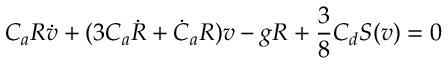
C _ { a } R \dot { v } + ( 3 C _ { a } \dot { R } + \dot { C } _ { a } R ) v - g R + \frac { 3 } { 8 } C _ { d } S ( v ) = 0